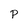
Character: P